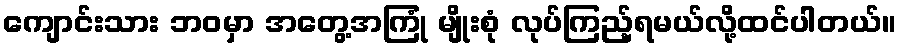
ကျောင်းသား ဘဝမှာ အတွေ့အကြုံ မျိုးစုံ လုပ်ကြည့်ရမယ်လို့ထင်ပါတယ်။